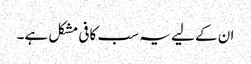
ان کے لیے یہ سب کافی مشکل ہے۔